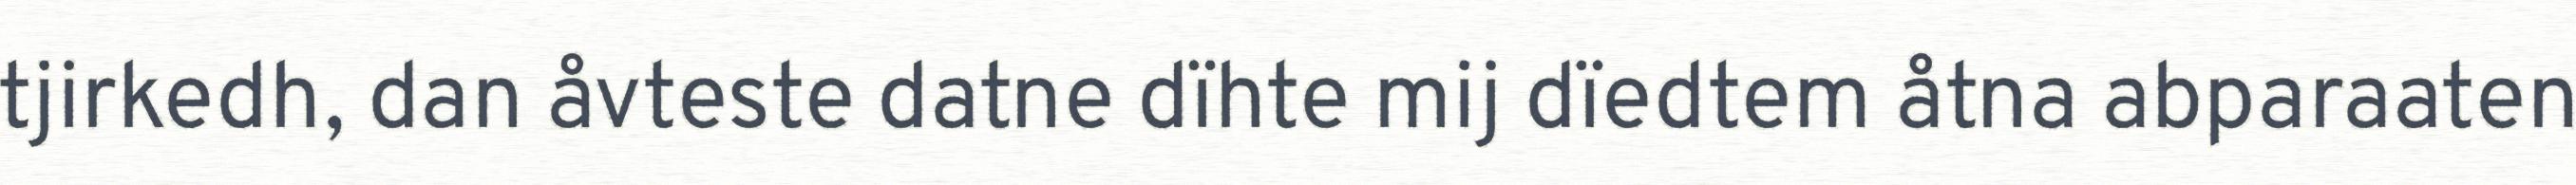
tjirkedh, dan åvteste datne dïhte mij dïedtem åtna abparaaten